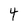
Character: 4